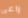
راعى